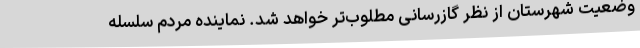
وضعیت شهرستان از نظر گازرسانی مطلوب‌تر خواهد شد. نماینده مردم سلسله